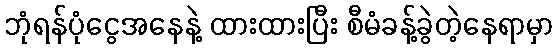
ဘုံရန်ပုံငွေအနေနဲ့ ထားထားပြီး စီမံခန့်ခွဲတဲ့နေရာမှာ